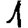
Digit: 1